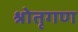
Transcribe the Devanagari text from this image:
श्रोतृगण